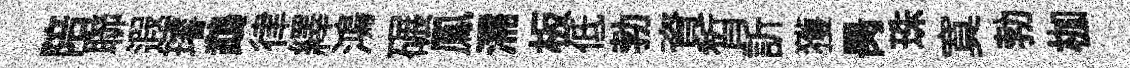
陪聯遐璿鵡律繹鴻碾鳳濡板低勃資晳訢獲昺珠寞勃枷